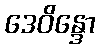
ဒေဝိန္ဒော